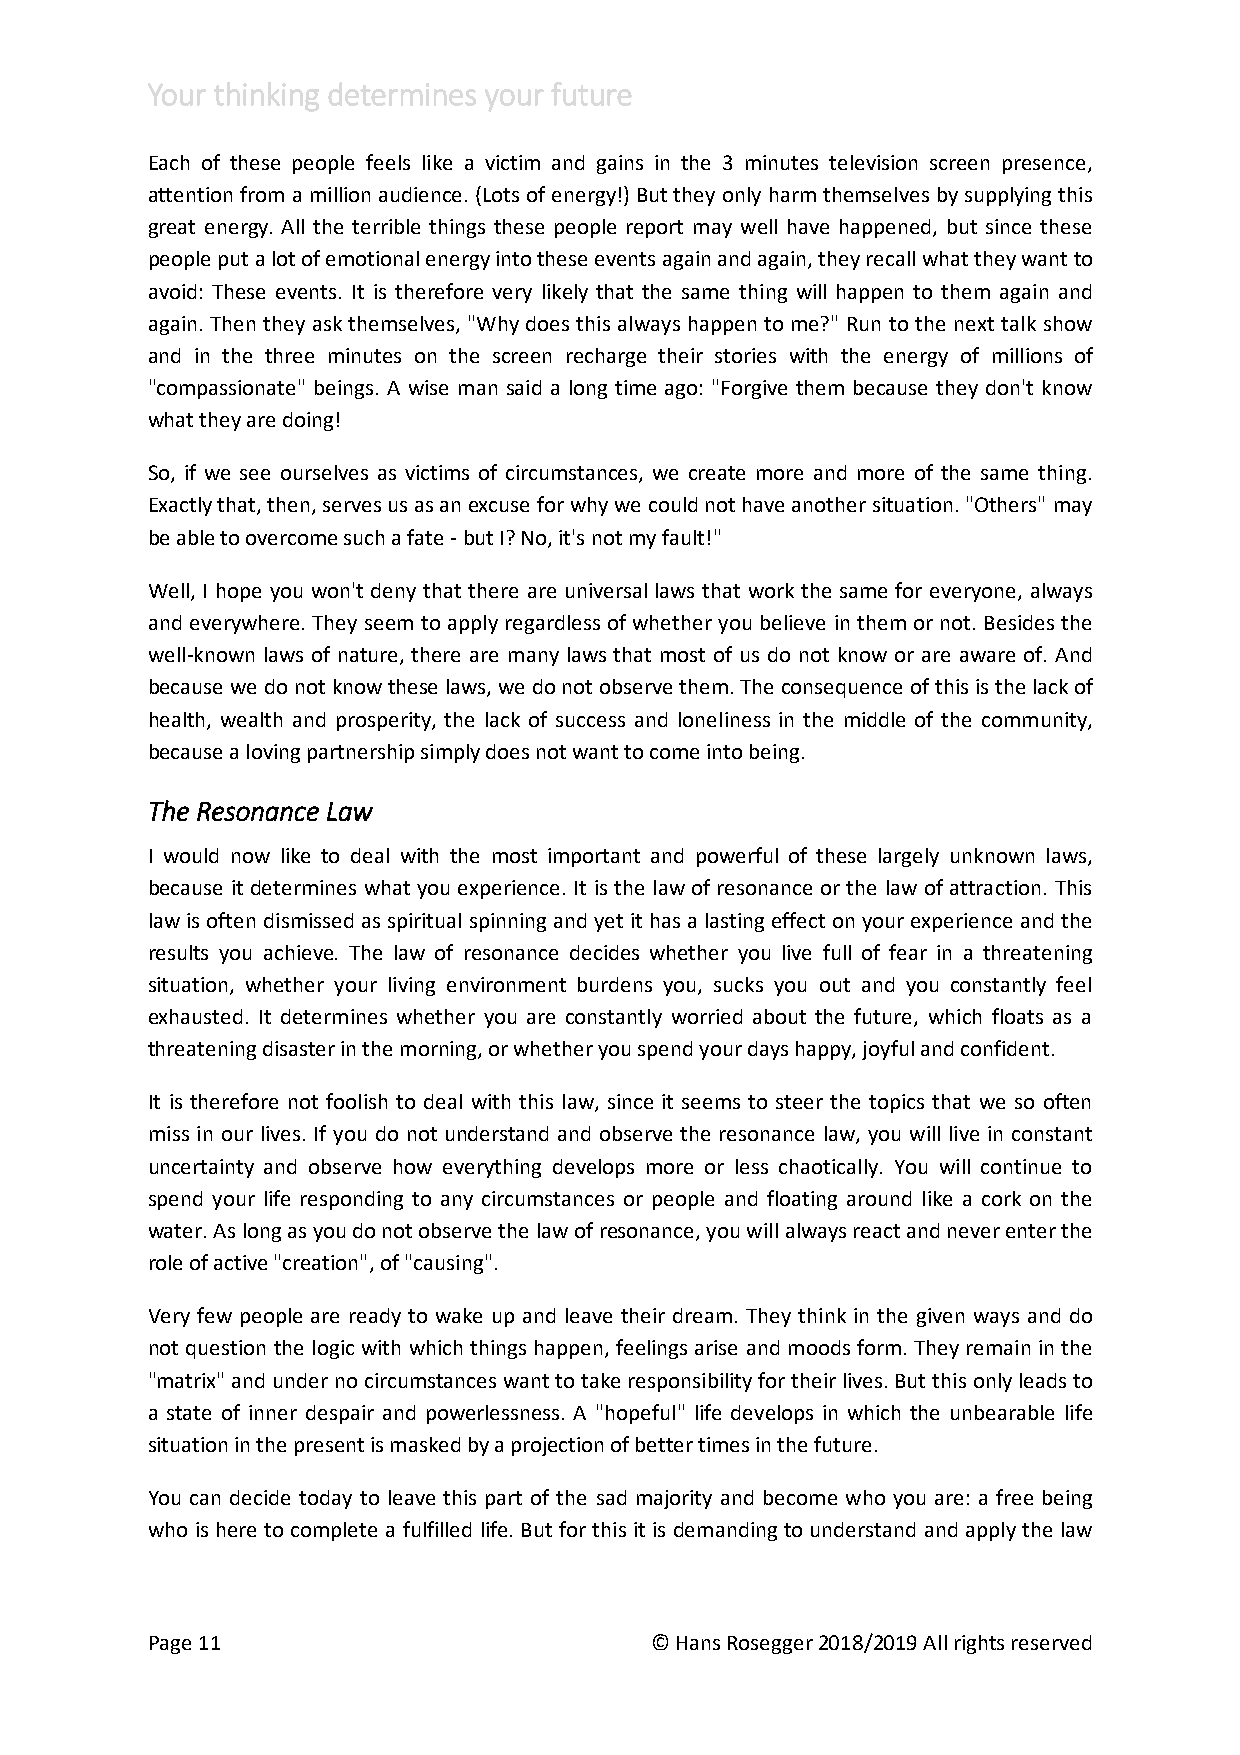
Your thinking determines your future
 Each of these people feels like a victim and gains in the 3 minutes television screen presence,
 attention from a million audience. (Lots of energy!) But they only harm themselves by supplying this
 great energy. All the terrible things these people report may well have happened, but since these
 people put a lot of emotional energy into these events again and again, they recall what they want to
 avoid: These events. It is therefore very likely that the same thing will happen to them again and
 again. Then they ask themselves, "Why does this always happen to me?" Run to the next talk show
 and in the three minutes on the screen recharge their stories with the energy of millions of
 "compassionate" beings. A wise man said a long time ago: "Forgive them because they don't know
 what they are doing!
 So, if we see ourselves as victims of circumstances, we create more and more of the same thing.
 Exactly that, then, serves us as an excuse for why we could not have another situation. "Others" may
 be able to overcome such a fate - but I? No, it's not my fault!"
 Well, I hope you won't deny that there are universal laws that work the same for everyone, always
 and everywhere. They seem to apply regardless of whether you believe in them or not. Besides the
 well-known laws of nature, there are many laws that most of us do not know or are aware of. And
 because we do not know these laws, we do not observe them. The consequence of this is the lack of
 health, wealth and prosperity, the lack of success and loneliness in the middle of the community,
 because a loving partnership simply does not want to come into being.
 The Resonance Law
 I would now like to deal with the most important and powerful of these largely unknown laws,
 because it determines what you experience. It is the law of resonance or the law of attraction. This
 law is often dismissed as spiritual spinning and yet it has a lasting effect on your experience and the
 results you achieve. The law of resonance decides whether you live full of fear in a threatening
 situation, whether your living environment burdens you, sucks you out and you constantly feel
 exhausted. It determines whether you are constantly worried about the future, which floats as a
 threatening disaster in the morning, or whether you spend your days happy, joyful and confident.
 It is therefore not foolish to deal with this law, since it seems to steer the topics that we so often
 miss in our lives. If you do not understand and observe the resonance law, you will live in constant
 uncertainty and observe how everything develops more or less chaotically. You will continue to
 spend your life responding to any circumstances or people and floating around like a cork on the
 water. As long as you do not observe the law of resonance, you will always react and never enter the
 role of active "creation", of "causing".
 Very few people are ready to wake up and leave their dream. They think in the given ways and do
 not question the logic with which things happen, feelings arise and moods form. They remain in the
 "matrix" and under no circumstances want to take responsibility for their lives. But this only leads to
 a state of inner despair and powerlessness. A "hopeful" life develops in which the unbearable life
 situation in the present is masked by a projection of better times in the future.
 You can decide today to leave this part of the sad majority and become who you are: a free being
 who is here to complete a fulfilled life. But for this it is demanding to understand and apply the law
 Page 11                          © Hans Rosegger 2018/2019 All rights reserved